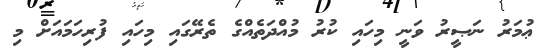
ޢުމަރު ނަޞީރު ވަނީ މިހައި ކުރު މުއްދަތެއްގެ ތެރޭގައި މިހައި ފުރިހަމައަށް މި